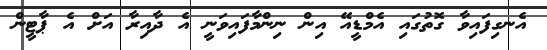
އެނގިފައިވާ ގޮތުގައި އެމްޑީއޭ އިން ނިންމާފައިވަނީ އެ ދާއިރާ އަށް އެ ޕާޓީން